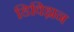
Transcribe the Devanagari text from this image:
डिविझ़न